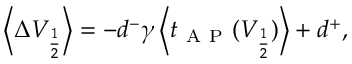
\begin{array} { r } { \left\langle \Delta V _ { \frac { 1 } { 2 } } \right\rangle = - d ^ { - } \gamma \left\langle t _ { \mathrm { ~ A ~ P ~ } } ( V _ { \frac { 1 } { 2 } } ) \right\rangle + d ^ { + } , } \end{array}